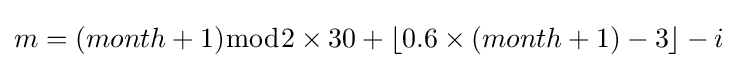
m=(month+1){\bmod {2}}\times 30+\left\lfloor {0.6\times (month+1)-3}\right\rfloor -i